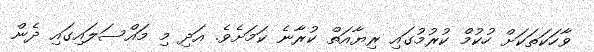
ވާހަކަތަކަށް ހުކުމް ކުރުމުގައި ރިޔާއަތް ކުރާނެ ކަމަށެވެ. އަދި މި މައްސަލައިގައި ދެން